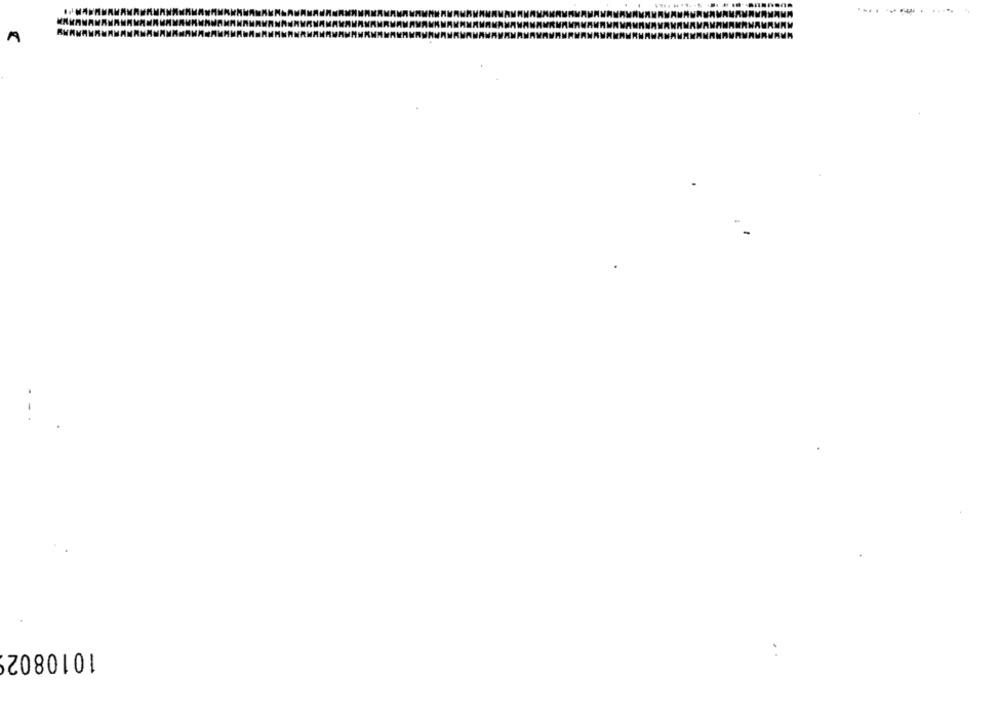
--------
A
1010802